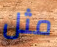
مثل